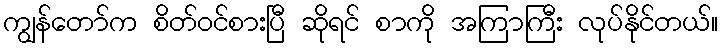
ကျွန်တော်က စိတ်ဝင်စားပြီ ဆိုရင် စာကို အကြာကြီး လုပ်နိုင်တယ်။